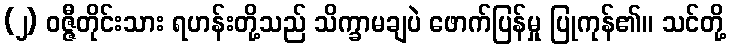
(၂) ဝဇ္ဇီတိုင်းသား ရဟန်းတို့သည် သိက္ခာမချပဲ ဖောက်ပြန်မှု ပြုကုန်၏။ သင်တို့